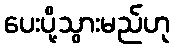
ပေးပို့သွားမည်ဟု